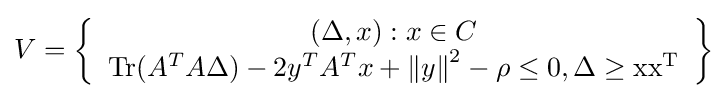
V=\left\{{\begin{array}{c}(\Delta ,x):x\in C{\rm {}}\\\operatorname {Tr} (A^{T}A\Delta )-2y^{T}A^{T}x+\left\|y\right\|^{2}-\rho \leq 0,{\rm {{}\Delta \geq xx^{T}}}\\\end{array}}\right\}